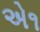
એ૧